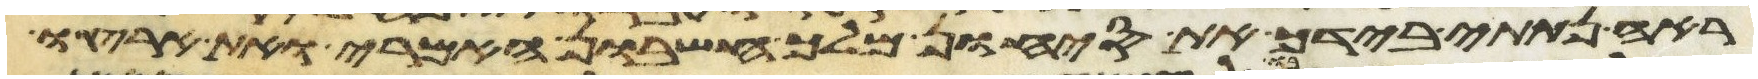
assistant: ראה נתתי בידך את סיחון מלך חשבון האמרי ואת ארצו